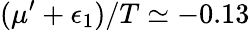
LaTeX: (\mu^{\prime}+\epsilon_{1})/T\simeq-0.13